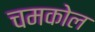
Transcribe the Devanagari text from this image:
चमकोल